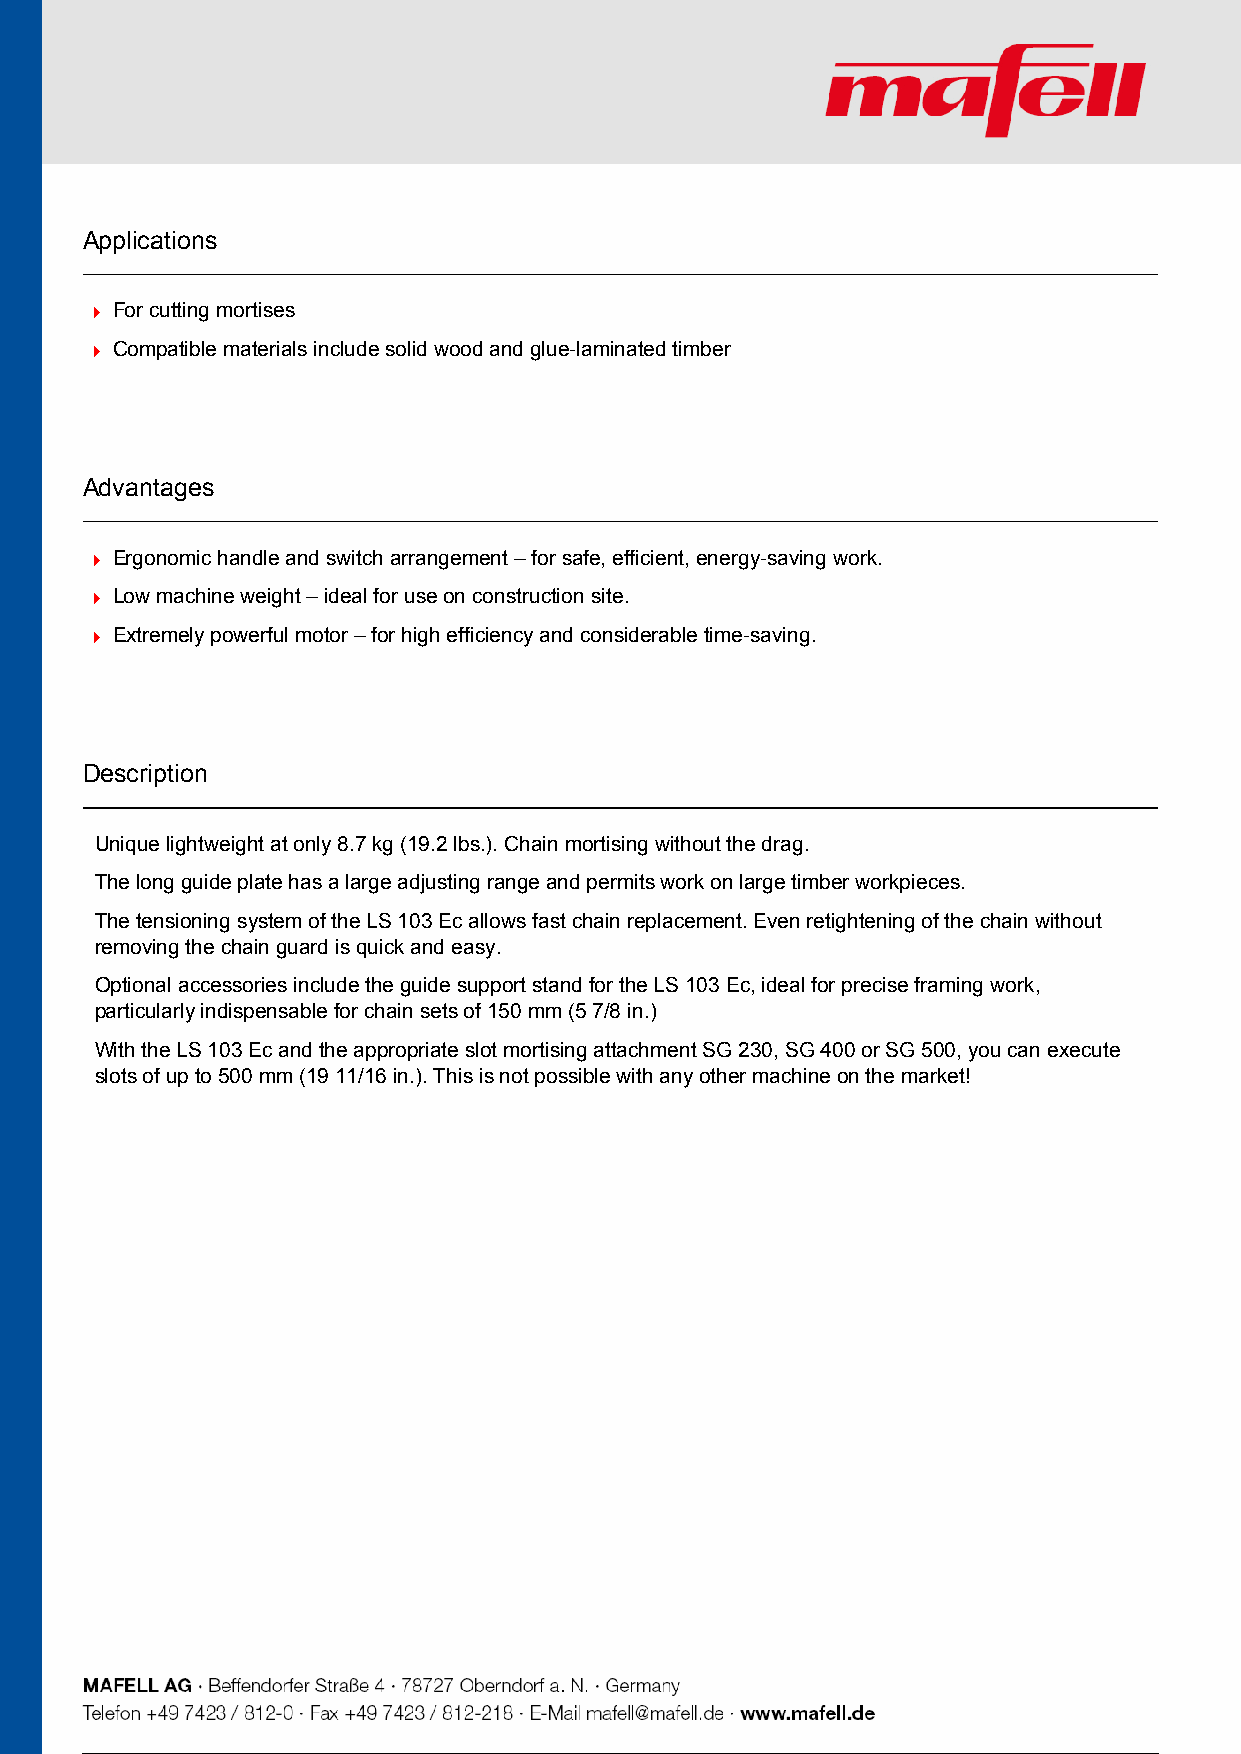
Applications
 For cutting mortises
 Compatible materials include solid wood and glue-laminated timber
 Advantages
 Ergonomic handle and switch arrangement – for safe, efficient, energy-saving work.
 Low machine weight – ideal for use on construction site.
 Extremely powerful motor – for high efficiency and considerable time-saving.
 Description
 Unique lightweight at only 8.7 kg (19.2 lbs.). Chain mortising without the drag.
 The long guide plate has a large adjusting range and permits work on large timber workpieces.
 The tensioning system of the LS 103 Ec allows fast chain replacement. Even retightening of the chain without
 removing the chain guard is quick and easy.
 Optional accessories include the guide support stand for the LS 103 Ec, ideal for precise framing work,
 particularly indispensable for chain sets of 150 mm (5 7/8 in.)
 With the LS 103 Ec and the appropriate slot mortising attachment SG 230, SG 400 or SG 500, you can execute
 slots of up to 500 mm (19 11/16 in.). This is not possible with any other machine on the market!
 3 / 5